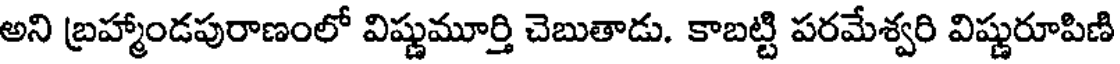
అని బ్రహ్మాండపురాణంలో విష్ణుమూర్తి చెబుతాడు. కాబట్టి పరమేశ్వరి విష్ణురూపిణి